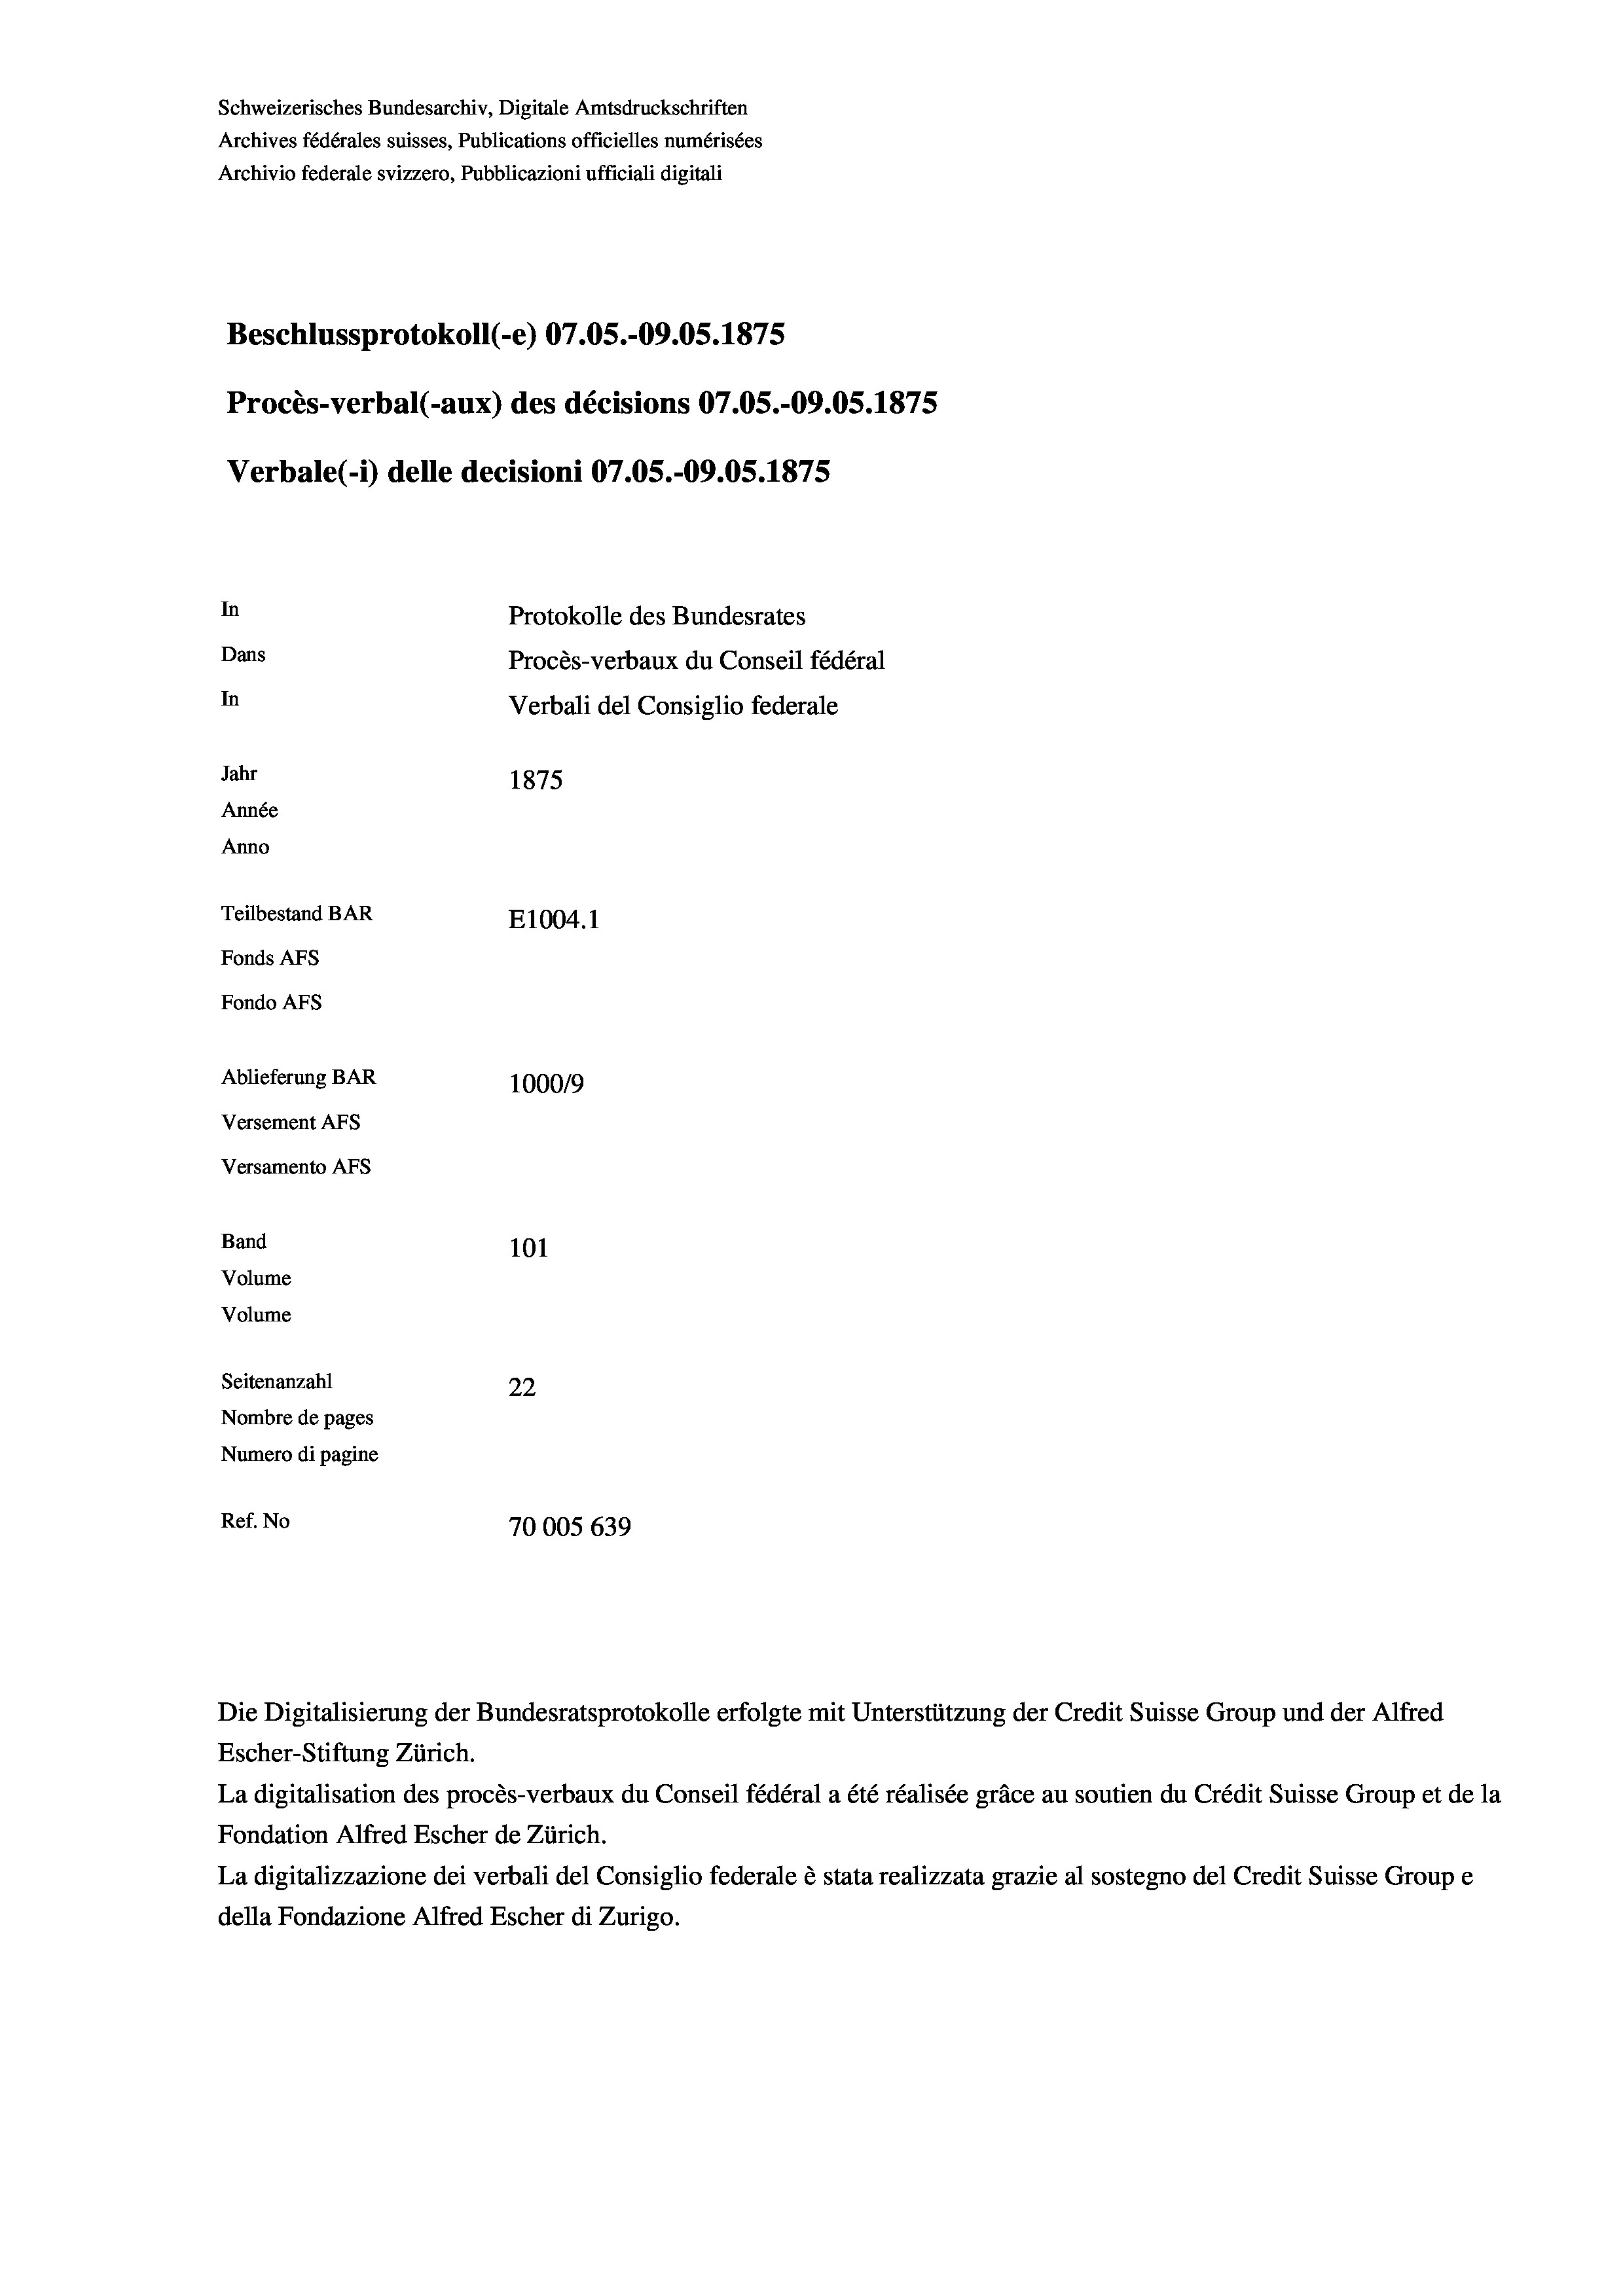
Schweizerisches Bundesarchiv, Digitale Amtsdruckschriften
Archives fédérales suisses, Publications officielles numérisées
Archivio federale svizzero, Pubblicazioni ufficiali digitali
Beschlussprotokoll (-e) 07.05.-09.05. 1875
Procès-verbal (-aux) des décisions 07.05.-09.05. 1875
Verbale (1) delle decisioni 07.05.-09.05. 1875
In
Protokolle des Bundesrates
Dans
Procès-verbaux du Conseil fédéral
In
Verbali del Consiglio federale
Jahr
1875
Année
Anno
Teilbestand BAR
E1004.1
Fonds AFs
Fondo Afs
Ablieferung BAR
100019
Versement AFs
Versamento Afs
Band
101

Volume
Seitenanzahl
22
Nombre de pages
Numero di pagine
Ref. No
70005 639

Volume

Die Digitalisierung der Bundesratsprotokolle erfolgte mit Unterstützung der Credit Suisse Group und der Alfred
Escher-Stiftung Zürich.
La digitalisation des procès-verbaux du Conseil fédéral a été réalisée gräce au soutien du Crédit Suisse Group et de la
Fondation Alfred Escher de Zürich.
La digitalizzazione dei verbali del Consiglio federale è stata realizzata grazie al sostegno del Credit Suisse Groupe
della Fondazione Alfred Escher di Zurigo.